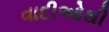
વાદીઓથી